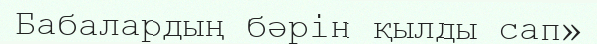
Бабалардың бәрін қылды сап»